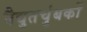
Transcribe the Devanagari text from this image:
वैद्युतचुंबकों